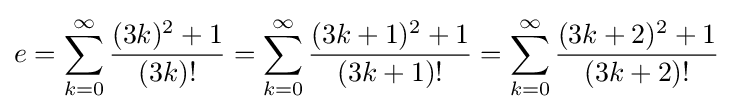
e=\sum _{k=0}^{\infty }{\frac {(3k)^{2}+1}{(3k)!}}=\sum _{k=0}^{\infty }{\frac {(3k+1)^{2}+1}{(3k+1)!}}=\sum _{k=0}^{\infty }{\frac {(3k+2)^{2}+1}{(3k+2)!}}